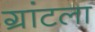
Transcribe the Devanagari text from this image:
ग्रांटला